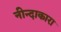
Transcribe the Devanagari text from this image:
नीन्दाकारा